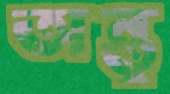
অন্তু